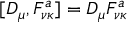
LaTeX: [ D _ { \mu } , F _ { \nu \kappa } ^ { a } ] = D _ { \mu } F _ { \nu \kappa } ^ { a }